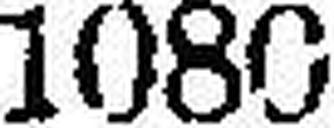
1080